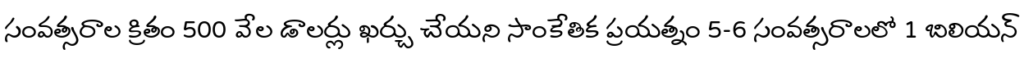
సంవత్సరాల క్రితం 500 వేల డాలర్లు ఖర్చు చేయని సాంకేతిక ప్రయత్నం 5-6 సంవత్సరాలలో 1 బిలియన్